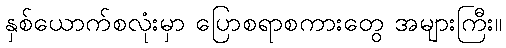
နှစ်ယောက်စလုံးမှာ ပြောစရာစကားတွေ အများကြီး။